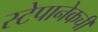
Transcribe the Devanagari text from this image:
स्टेपानेकची